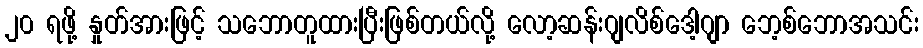
၂၀ ရဖို့ နှုတ်အားဖြင့် သဘောတူထားပြီးဖြစ်တယ်လို့ လော့ဆန်းဂျလိစ်ဒေါ့ဂျာ ဘေ့စ်ဘောအသင်း